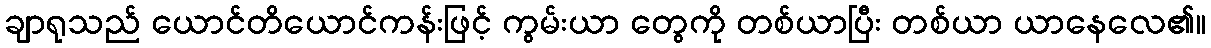
ချာရုသည် ယောင်တိယောင်ကန်းဖြင့် ကွမ်းယာ တွေကို တစ်ယာပြီး တစ်ယာ ယာနေလေ၏။